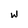
Character: W